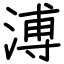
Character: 溥